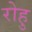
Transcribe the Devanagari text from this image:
रोहु